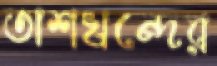
তাশখন্দের